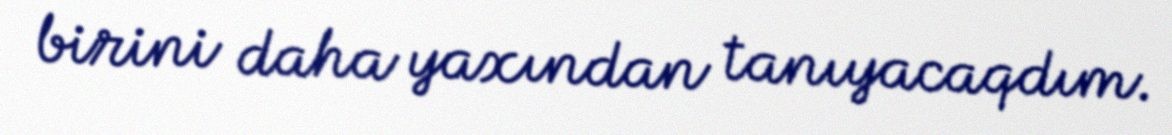
birini daha yaxından tanıyacaqdım.